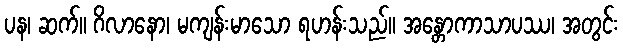
ပန၊ ဆက်။ ဂိလာနော၊ မကျန်းမာသော ရဟန်းသည်။ အန္တောကာသာပဿ၊ အတွင်း